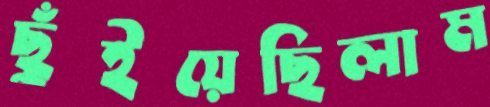
ছুঁইয়েছিলাম